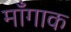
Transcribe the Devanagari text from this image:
माँगाक